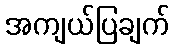
အကျယ်ပြချက်